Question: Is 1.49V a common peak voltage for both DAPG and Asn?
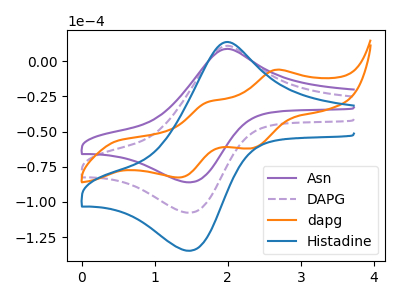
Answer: <think>The purple curve "Asn" has an anodic peak at (1.95V, 8.40uA) and a cathodic peak at (1.50V, -86.05uA). The purple dashed curve "DAPG" has an anodic peak at (1.95V, 10.50uA) and a cathodic peak at (1.50V, -107.65uA). The orange curve "dapg" has anodic peaks at (2.65V, -6.25uA) (1.70V, -29.20uA) and cathodic peaks at (2.35V, -61.75uA) (1.30V, -82.65uA). The blue curve "Histadine" has an anodic peak at (1.95V, 20.95uA) and a cathodic peak at (1.50V, -215.30uA).</think>
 <answer>Yes, "DAPG" and "Asn" share a peak at 1.49V.</answer>
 <eval>match</eval>